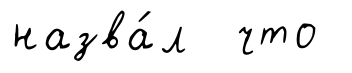
назва́л что